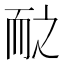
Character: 𱍽